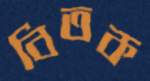
বিতক